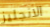
الانجليز